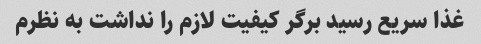
غذا سریع رسید برگر کیفیت لازم را نداشت به نظرم